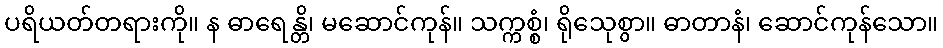
ပရိယတ်တရားကို။ န ဓာရေန္တိ၊ မဆောင်ကုန်။ သက္ကစ္စံ၊ ရိုသေုစွာ။ ဓာတာနံ၊ ဆောင်ကုန်သော။